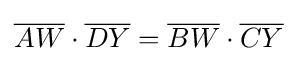
{\overline {AW}}\cdot {\overline {DY}}={\overline {BW}}\cdot {\overline {CY}}